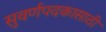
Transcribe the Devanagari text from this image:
सुवर्णपदकासाठी